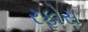
રફોસ